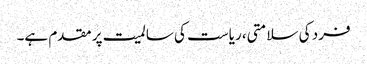
فرد کی سلامتی، ریاست کی سالمیت پر مقدم ہے۔